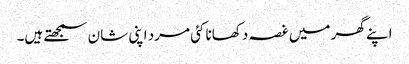
اپنے گھر میں غصہ دکھانا کئی مرد اپنی شان سمجھتے ہیں۔